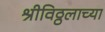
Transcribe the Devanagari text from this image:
श्रीविठ्ठलाच्या